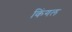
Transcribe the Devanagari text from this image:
किंगल